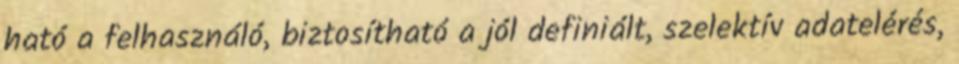
ható a felhasználó, biztosítható a jól definiált, szelektív adatelérés,